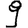
Digit: 9